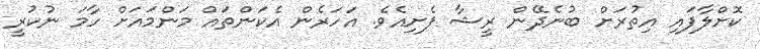
ކޮށްލާފައިި އިތުރަށް ބުނެދޭން ރީޝާ ފެށިއެވެ. އަހަރެން އެކަންތަައް މަންމައަށް ހާމަ ނުކުރީ